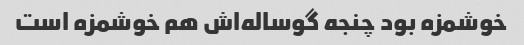
خوشمزه بود چنجه گوساله‌اش هم خوشمزه است